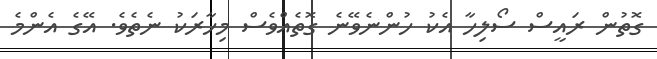
ގޮތުން ރައީސް ސޯލިހާ އެކު ހުންނެވޭނެ ގޮތެއްވެސް މިހާރަކު ނެތެވެ. އޭގެ އެންމެ